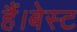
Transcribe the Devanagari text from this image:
हैं।बेस्ट